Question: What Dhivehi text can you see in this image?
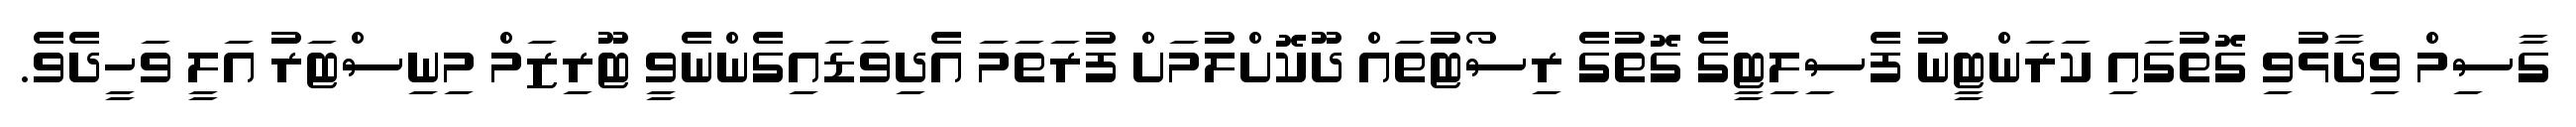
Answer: ގާސިމް ވިދާޅުވި ގޮތުގައި ކަރަންޓީނު ފެސިލިޓީގެ ގޮތުގެ ރިސޯޓުތައް ދޫކޮށްލުމަށް ފުރަތަމަ އެދިވަޑައިގެންނެވީ ޓޫރިޒަމް މިނިސްޓަރު އަލީ ވަހީދެވެ.